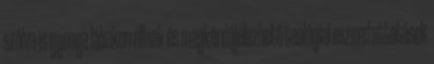
szólva is gyenge lábakon állnak és megkérdőjelezhető teológiai eszmefuttatások